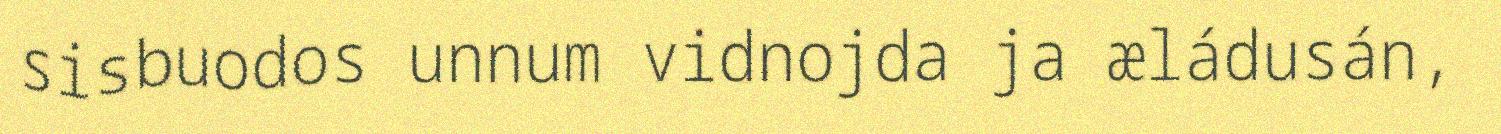
sisbuodos unnum vidnojda ja æládusán,